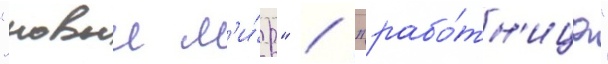
"новыи м'и́р" / "рабо́тн'ица"